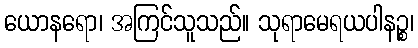
ယောနရော၊ အကြင်သူသည်။ သုရာမေရယပါနဉ္စ၊